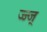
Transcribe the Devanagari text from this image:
ज्ज्ज्